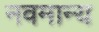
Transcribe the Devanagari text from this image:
नवमान्य